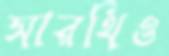
সারথিও